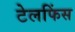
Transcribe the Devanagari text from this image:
टेलफिंस